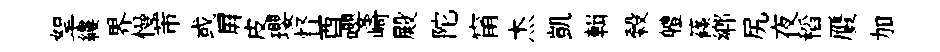
挐縷界慢芾或屛皮瓔督酉嚶崎殿陀甯杰凱輯榖軆篠郷尻夜稻贋加